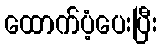
ထောက်ပံ့ပေးပြီး